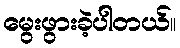
မွေးဖွားခဲ့ပါတယ်။